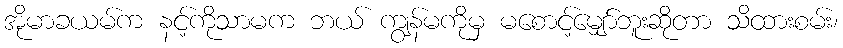
အိုမာခယမ်က နင့်ကိုသာမက ဘယ် ကျွန်မကိုမှ မစောင့်မျှော်ဘူးဆိုတာ သိထားစမ်း၊